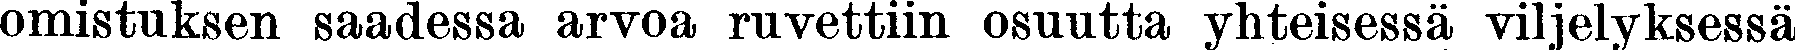
omistuksen saadessa arvoa ruvettiin osuutta yhteisessä viljelyksessä